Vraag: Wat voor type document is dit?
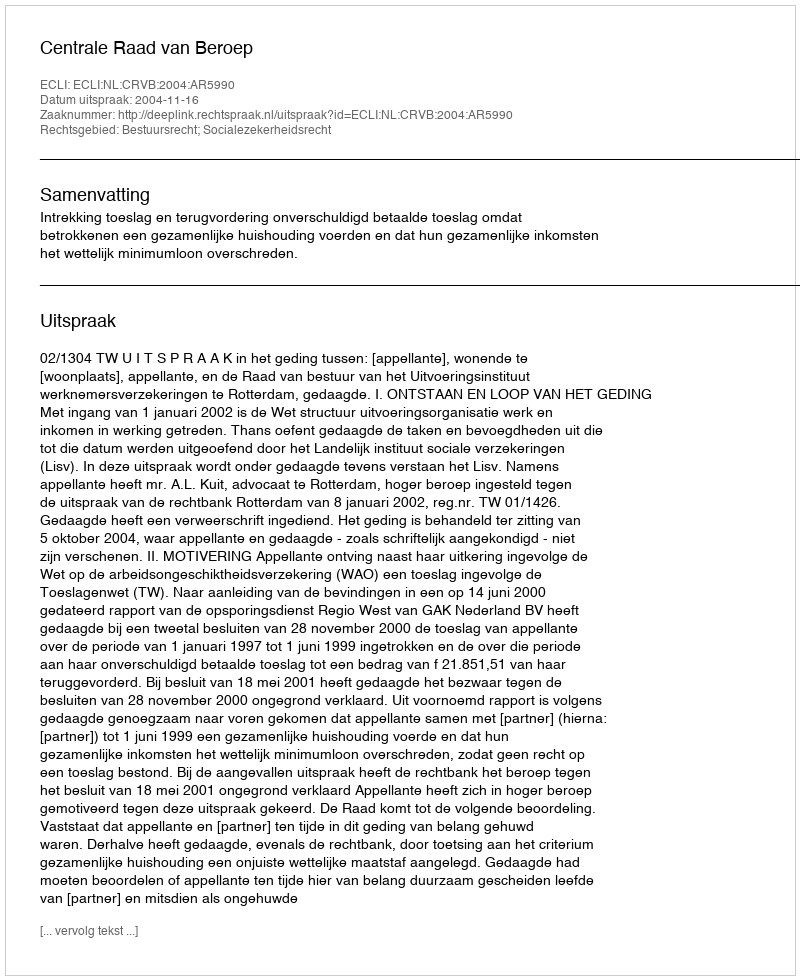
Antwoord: Uitspraak